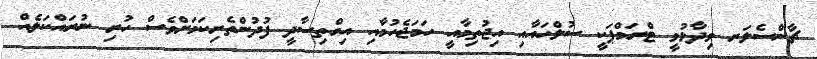
ޗާންސެލަރ ވިދާޅުވީ ޓްރަމްޕަކީ ސުލްހައާއި އިޖުތިމާއީ ހަމަޖެހުމާއި އިގްތިސާދީ ފުދުންތެރިކަމަށްވެސް ހުރި ނުރައްކަލެއް